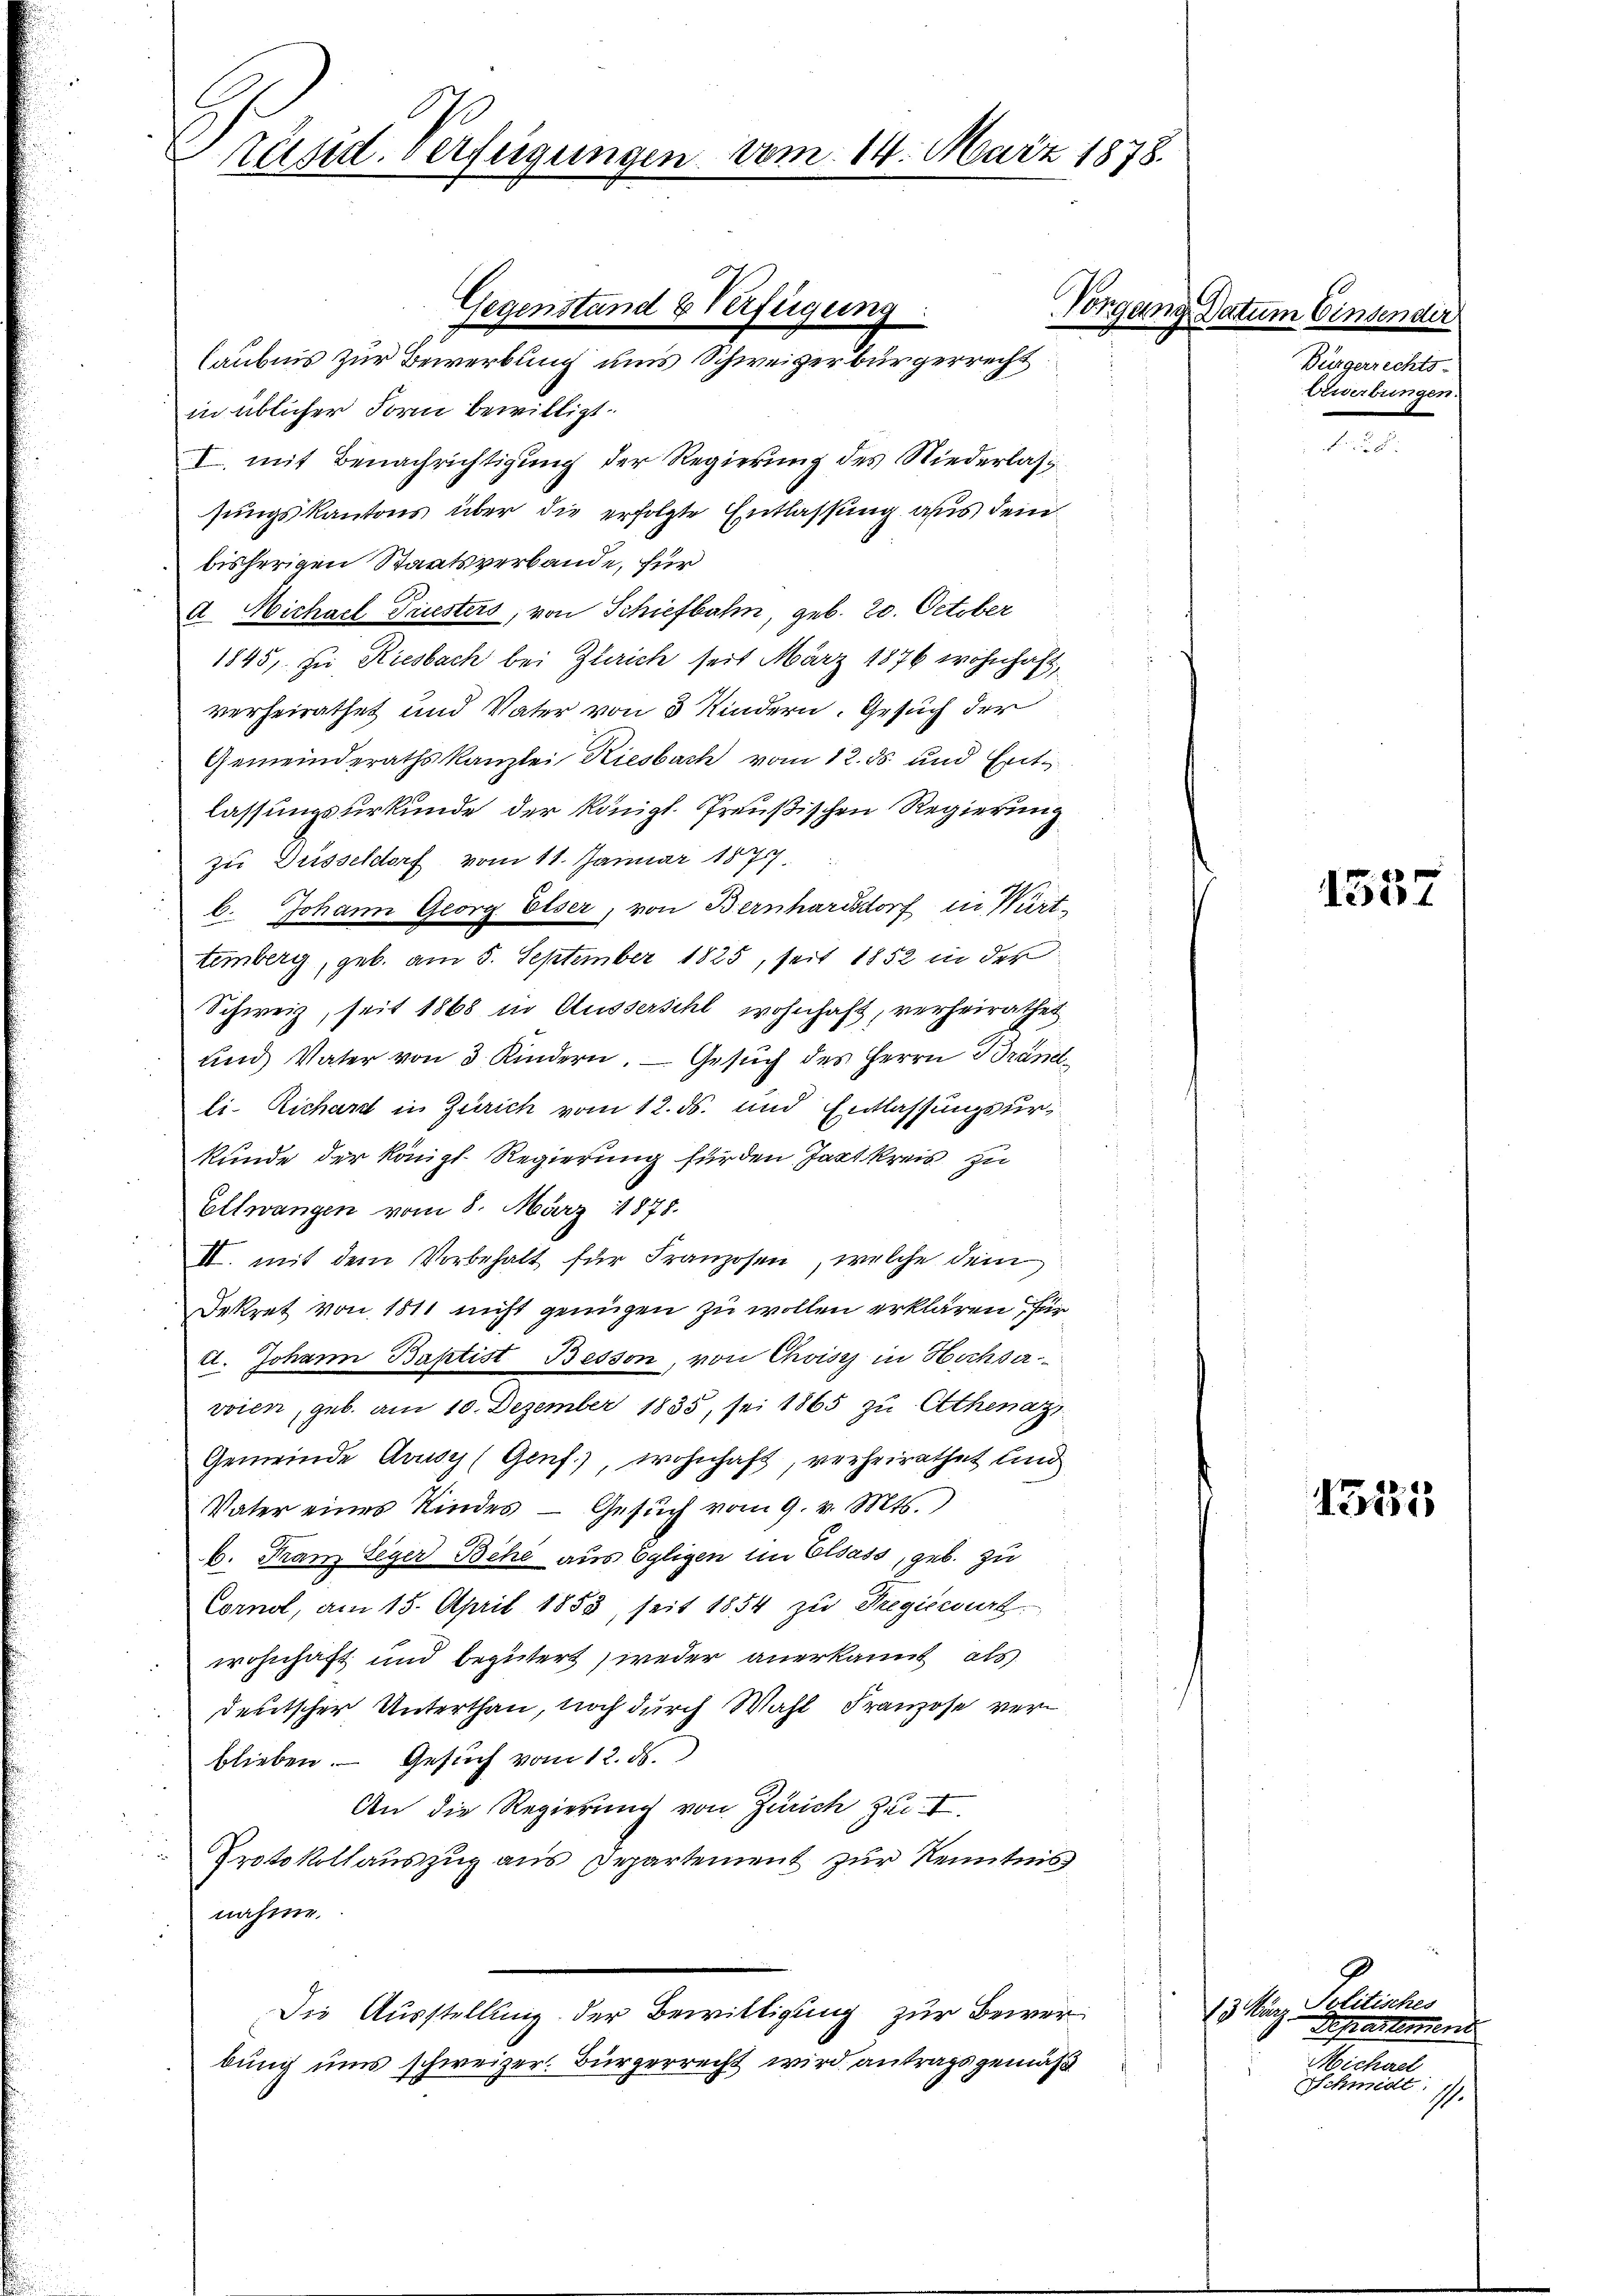
Präsid. Verfügungen vom 14. März 1878.

in üblicher Form bewilligt.
I. mit Benachrichtigung der Regierung des Niederlassungskantons über die erfolgte Entlassung aus dem
bisherigen Staatsverbande, für
a. Michael Triesters, von Schiefbahn, geb. 20. October
1845, zu Riesbach bei Glaich seit März 1876 wohnhaft,
verheirathet und Vater von 5 Kindern. Gesuch der
Gemeinderathskanzlei Riesbach vom 12. ds und Entlassungsurkunde der Königl. Preußischen Regierung
zu Düsseldorf vom 11. Januar 187
b. Johann Georg Elser, von Bernhardsdorf in Württemberg, geb. am 5. September 1825, seit 1852 in der
Schweiz, seit 1868 in Ausserschl wohnhaft, verheirathet
und Vater von 3 Kindern. Gesŭch des Herrn Brandli-Richart in Zürich vom 12. ds. und Entlassungsurkunde der Königl. Regierung für den Takt kreis zu
Ellwangen vom 8. März 1878.
II. mit dem Vorbehalt für Franzosen, welche dein
Dekret von 1811 nicht genügen zu wollen erklären, für
dt. Johann Baptist Besson, von Choisi in Hochsavoien, geb. am 10. Dezember 1835, sei 1865 zu Athenaz,
Gemeinde Avusy (Genf.), wohnhaft, verheirathet und
Vater eines Kindes - Gesŭch vom 9. v. Mts.
b. Franz Seger Behe aus Egligen im Elsass, geb. zu
Cornel, am 15. April 1853, seit 1854 zu Fregierurt
wohnhaft und begutert weder anerkannt als
deutscher Unterthan, noch durch Wahl Franzose verblieben. Gesŭch vom 12. ds.
An die Regierung von Zürich zu. I.
Protokollauszug aus Departement zur Kenntnis
nahme.
Die Ausstellung der Bewilligung zur Bewerbung uns schweizer. Bürgerrecht wird antragsgemäß

A.
Gegenstand & Verfügung.
laubnis zur Bewerbung uns Schweizerbürgerrecht

Vorgang Datum Einsender

Bürgerrechts-
Eewerbungen.

1557

1315

Polliche
 M
Apaknung
Michael
Schmidt.
1.